Scottish Leaving Certificate Examination, 1956
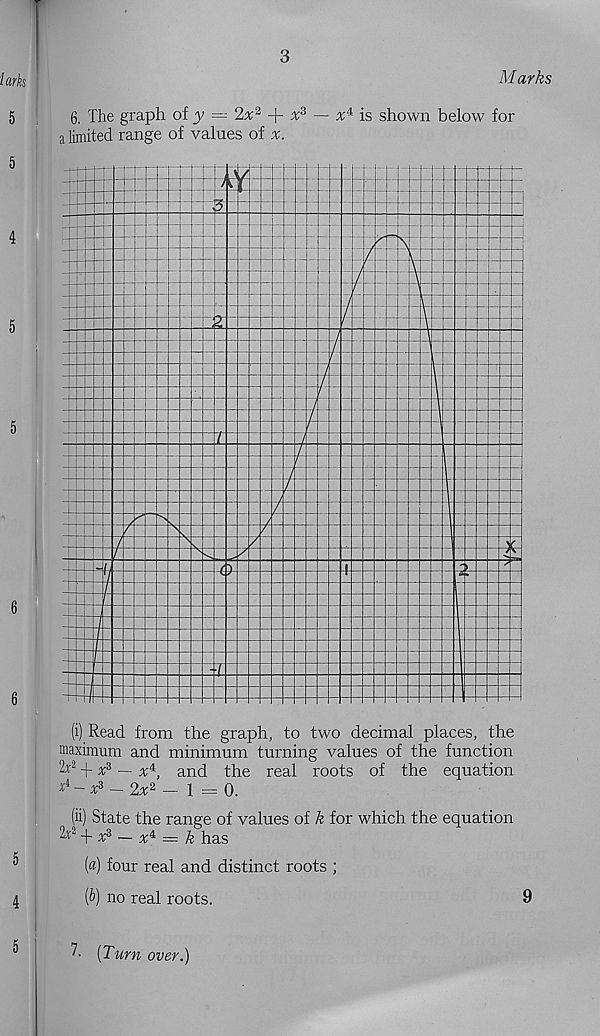
3
Marks
6. The graph of y = 2x 2
% 3 — x* is shown below for
a limited range of values of
(ii) State the range of values of k for which the equation
lx 1 x 21 —
= k has
(«) four real and distinct roots ;
(&) no real roots.
9
7- [Turn over.)